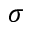
\sigma